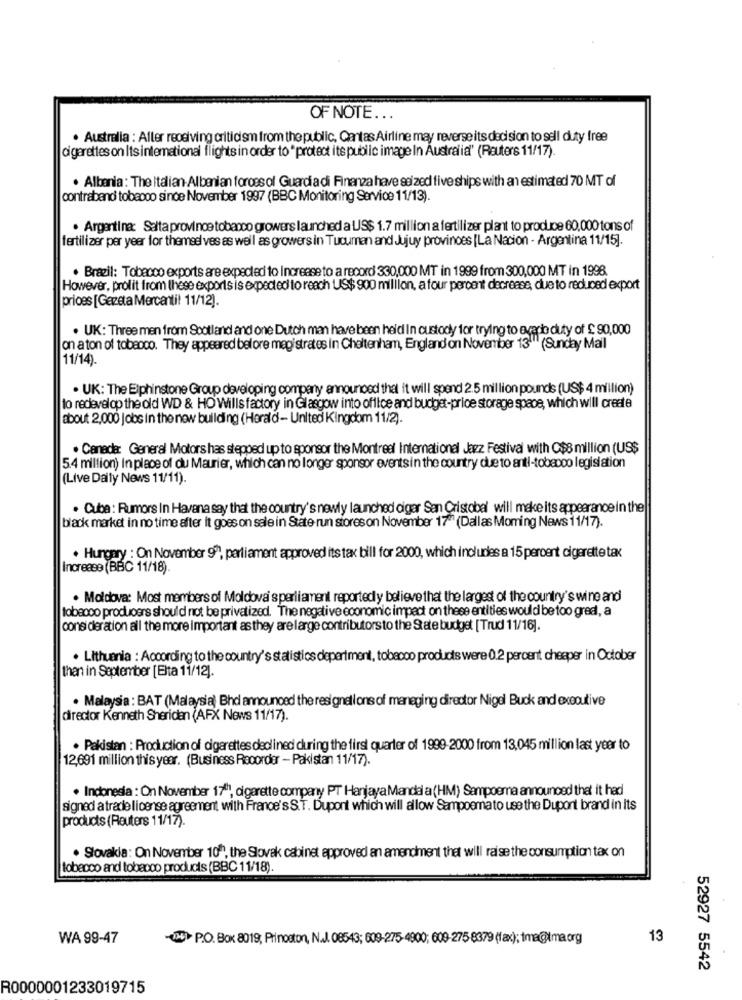
OF NOTE ...
. Australia : After receiving criticism from the public, Qantas Airline may reverse its decision to sell duty free
cigarettes on Itsintemational flights in order to "protect its public image In Australia" (Reuters 11/17).
. Albania: The Italian-Albanian foross ol Guardia di Finanza have seized five ships with an estimated 70 MT of
contraband tobeooo since November 1997 (BBC Monitoring Service 11/13).
· Argentina: Salta province tobanco growers launched a US$ 1.7 million a fertilizer plant to produce 60,000 tons of
fertilizer per year for themselves as well as growers in Tucuman and Jujuy provinces [La Nacion - Argentina 11/15].
. Brazil: Tobacco exports are expected to Increase to a record 330,000 MT in 1999 from 300,000 MT in 1998
However, prolit from these exports is expected to reach US$ 900 million, a four percent decrease, due to reduced export
prices [Gazeta Mercantil 11/12).
. UK: Three men from Scotland and one Dutch man have been heid In custody for trying to evario duty of £ 90,000
on aton of tobacco. They appeared before magistrates in Cheltenham, England on November 13"" (Sunday Mail
11/14).
. UK: The Elphinstone Group developing company announced that it will spend 2.5 million pounds (US$ 4 million)
to redevelop the old WD & HO Wills factory in Glasgow into office and budget-price storage space, which will create
about 2,000 Jobs in the new building (Herald - United Kingdom 11/2).
. Canada: General Motors has stepped up to sponsor the Montreal International Jazz Festival with C$8 million (US$
5.4 million) In place of du Maurier, which can no longer sponsor eventsin the country due to anti-tobeppo legislation
(Live Daily News 11/11).
. Cuba: Rumors In Havana say that the country's newly launched cigar San Cristobal will make its appearance in the
black market in no time after it goes on sale in State- run stores on November 17" (Dallas Moming News 11/17).
. Hungary : On November 9", parliament approved its tax bill for 2000, which includes a 15 percent cigarette tax
Increase (BBC 11/18).
. Moldova: Most members of Moldova' s perliament reportedly believe that the largest of the country's wine and
tobecoo producers should not be privatized. The negative economic impact on these entities would be too gredl, a
consideration all the more important as they are large contributorsto the State budget [Trud 11/16].
. Lithuania : According to the country's statistics department, tobacco products were 0.2 percent cheaper in October
than in September [Elta 11/12).
. Malaysia: BAT (Malaysia) Bhd announced the resignell ons of managing director Nigel Buck and executive
director Kenneth Sheridan (AFX News 11/17).
. Pakistan : Production of cigarettes declined during the first quarter of 1999-2000 from 13,045 million last year to
12,691 million this year. (Business Recorder - Pakistan 11/17).
. Indonesia : On November 1740, cigarette company PT Hanjaya Mandal a (HM) Sampoerna announced that it had
signed a trade license agreement with France's S.T. Dupont which will allow Sampoemato use the Dupont brand in its
products (Reuters 11/17).
. Slovakia: On November 10h, the Slovak cabinet approved an amendment that will raise the consumption tax on
tobecco and tobacco products (BBC 11/18).
WA 99-47
OU> P.O. Box 8019, Princeton, N.J. 08543; 009-275-4900; 009-275-8379 (fax); tma@tma.org
13
52927 5542
R0000001233019715